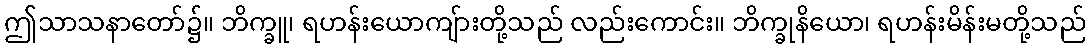
ဤသာသနာတော်၌။ ဘိက္ခူ၊ ရဟန်းယောကျ်ားတို့သည် လည်းကောင်း။ ဘိက္ခုနိယော၊ ရဟန်းမိန်းမတို့သည်